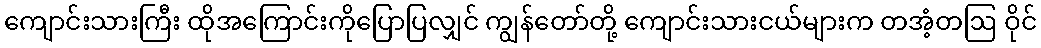
ကျောင်းသားကြီး ထိုအကြောင်းကိုပြောပြလျှင် ကျွန်တော်တို့ ကျောင်းသားငယ်များက တအံ့တဩ ဝိုင်